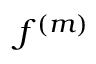
f ^ { ( m ) }